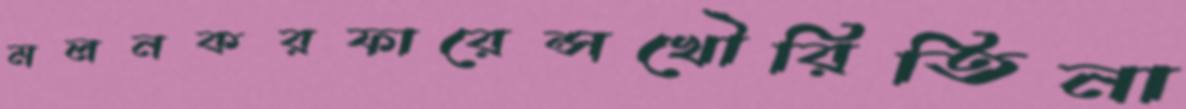
মলনকরফারেন্সখৌরিতিনা